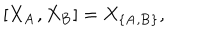
[ X _ { \bf A } , X _ { \bf B } ] = X _ { \{ { \bf A } , { \bf B } \} } ,